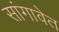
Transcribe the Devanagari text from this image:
सांगावेत